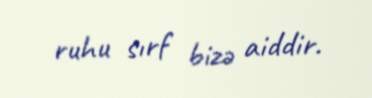
ruhu sırf bizə aiddir.